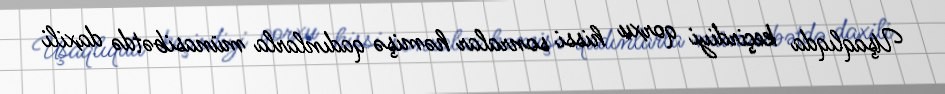
Uşaqlıqda keçirdiyi qorxu hissi sonralar həmişə qadınlarla münasibətdə daxili